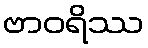
ဗာဝရိဿ